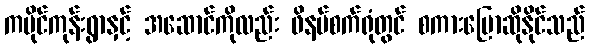
ကမိုင်ကုန်းရွာနှင့် အဆောင်ကိုလည်း ဖိနပ်စက်ရုံတွင် စကားပြောဆိုနိုင်သည်